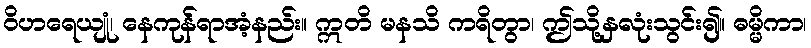
ဝိဟရေယျုံ၊ နေကုန်ရာအံ့နည်း။ ဣတိ မနသိ ကရိတွာ၊ ဤသို့နှလုံးသွင်း၍။ ဓမ္မိကာ၊